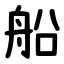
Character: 船